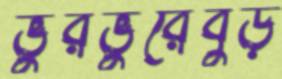
ভুরভুরেবুড়